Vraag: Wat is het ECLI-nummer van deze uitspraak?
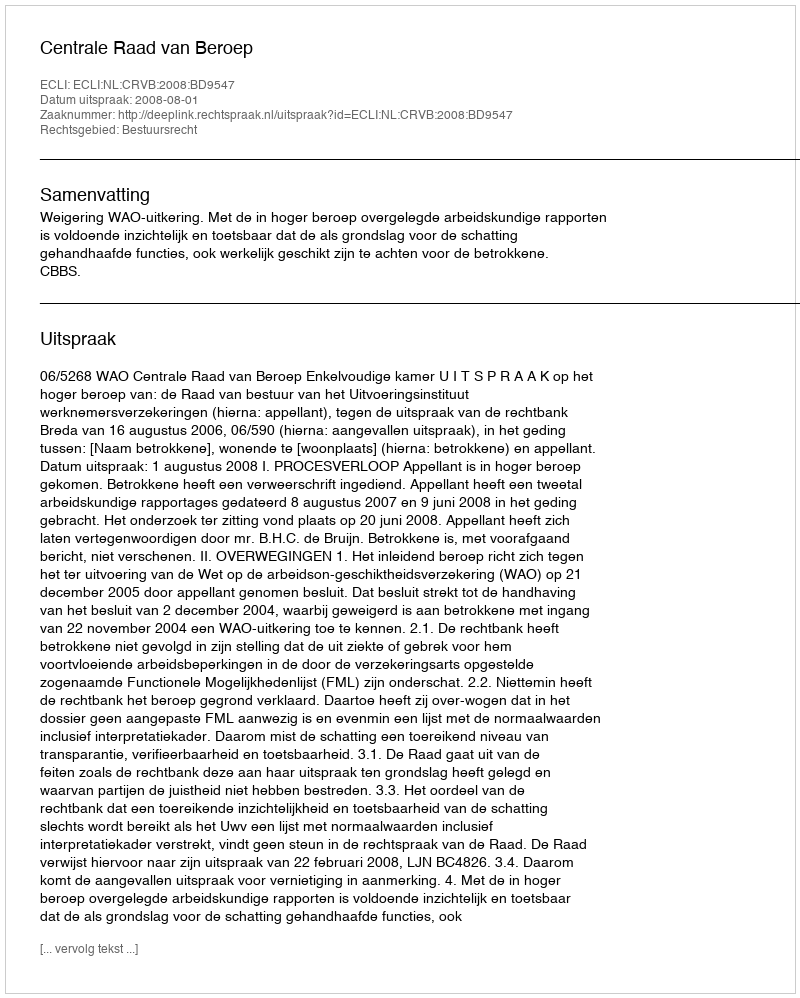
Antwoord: ECLI:NL:CRVB:2008:BD9547